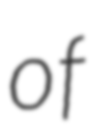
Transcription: of